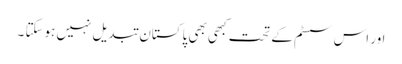
اور اس سسٹم کے تحت کبھی بھی پاکستان تبدیل نہیں ہوسکتا ۔